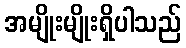
အမျိုးမျိုးရှိပါသည်